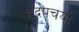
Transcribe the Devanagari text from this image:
हृदपचर्या